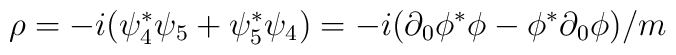
\rho = -i(\psi^*_4 \psi_5 + \psi^*_5 \psi_4) = -i(\partial_0 \phi^* \phi-\phi^* \partial_0 \phi)/m